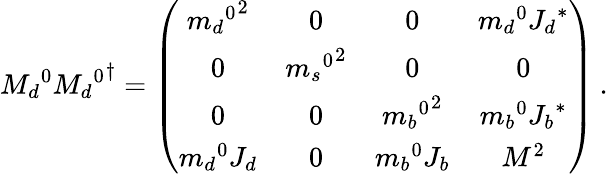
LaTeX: {M_{d}}^{0}{{M_{d}}^{0}}^{\dagger}=\left(\begin{array}{cccc}{{{{m_{d}}^{0}}^{2}}}&{{0}}&{{0}}&{{{m_{d}}^{0}{J_{d}}^{\ast}}}\\ {{0}}&{{{{m_{s}}^{0}}^{2}}}&{{0}}&{{0}}\\ {{0}}&{{0}}&{{{{m_{b}}^{0}}^{2}}}&{{{m_{b}}^{0}{J_{b}}^{\ast}}}\\ {{{m_{d}}^{0}J_{d}}}&{{0}}&{{{m_{b}}^{0}J_{b}}}&{{M^{2}}}\end{array}\right)\: .